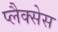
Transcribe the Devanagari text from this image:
प्लैक्सेस